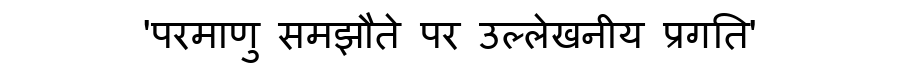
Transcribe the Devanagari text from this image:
'परमाणु समझौते पर उल्लेखनीय प्रगति'